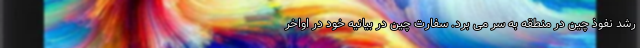
رشد نفوذ چین در منطقه به سر می برد. سفارت چین در بیانیه خود در اواخر